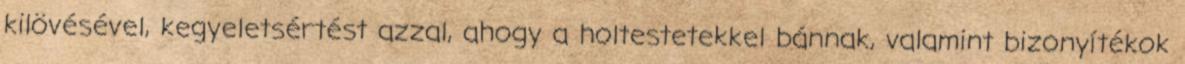
kilövésével, kegyeletsértést azzal, ahogy a holtestetekkel bánnak, valamint bizonyítékok